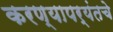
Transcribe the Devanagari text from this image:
करण्यापर्यंतचे